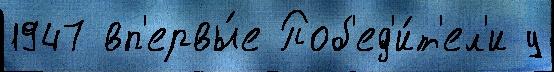
1947 вп'ервы́е Поб'ед'и́т'ел'и у